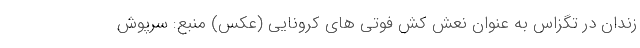
زندان در تگزاس به عنوان نعش کِش فوتی های کرونایی (عکس) منبع: سرپوش